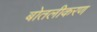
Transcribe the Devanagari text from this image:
बोतलीकरण